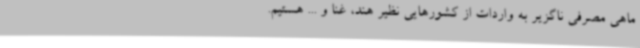
ماهی مصرفی ناگزیر به واردات از کشورهایی نظیر هند، غنا و ... هستیم.